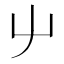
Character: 屮